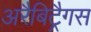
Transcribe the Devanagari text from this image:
अरैबिट्रैगस